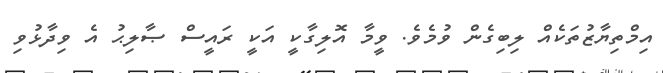
އިމްތިޔާޒުތަކެއް ލިބިގެން ވުމެވެ. ވީމާ އޮލިގާކީ އަކީ ރައީސް ޞާލިޙު އެ ވިދާޅުވި